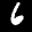
Label: 6